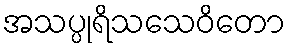
အသပ္ပုရိသသေဝိတော